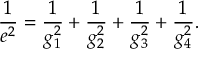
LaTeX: \frac { 1 } { e ^ { 2 } } = \frac { 1 } { g _ { 1 } ^ { 2 } } + \frac { 1 } { g _ { 2 } ^ { 2 } } + \frac { 1 } { g _ { 3 } ^ { 2 } } + \frac { 1 } { g _ { 4 } ^ { 2 } } .